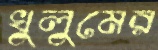
খুলুমের